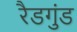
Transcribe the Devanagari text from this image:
रैडगुंड